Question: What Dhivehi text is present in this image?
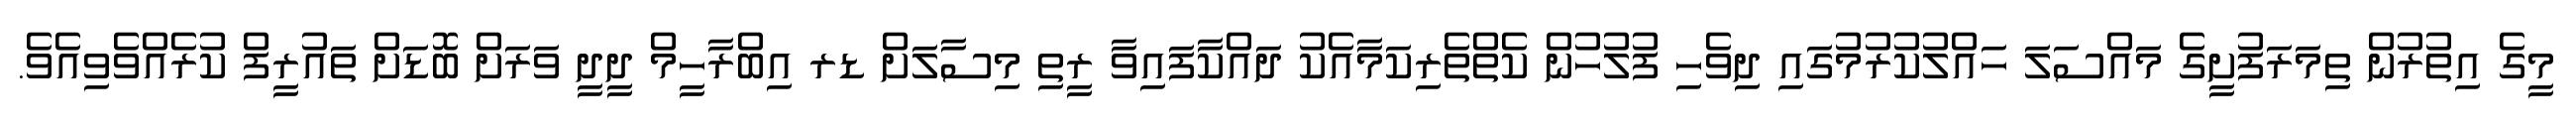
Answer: މީގެ އިތުރުން ތިމަރަފުށީގެ މައްސަލަ ހައްލުކުރުމުގައި ދިވެހި ފުލުހުން ކެތްތެރިކަމާއެކު ދައްކާފައިވާ ރީތި މިސާލަށް ޑރ އިބްރާހީމް ދީދީ ވަރަށް ބޮޑަށް ތައުރީފް ކުރެއްވެވިއެވެ.